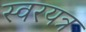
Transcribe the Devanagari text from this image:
स्वरयत्र